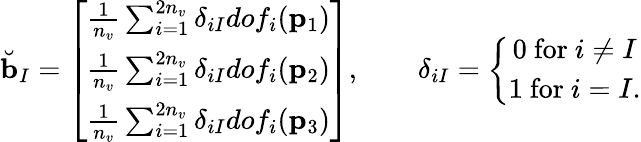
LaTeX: \breve{\mathbf{b}}_{I}=\left[\begin{array}{c}{\frac{1}{n_{v}}\sum_{i=1}^{2n_{v}}\delta_{iI}dof_{i}(\mathbf{p}_{1})}\\ {\frac{1}{n_{v}}\sum_{i=1}^{2n_{v}}\delta_{iI}dof_{i}(\mathbf{p}_{2})}\\ {\frac{1}{n_{v}}\sum_{i=1}^{2n_{v}}\delta_{iI}dof_{i}(\mathbf{p}_{3})}\end{array}\right],\quad\quad\delta_{iI}=\left\{ \begin{array}{c}{0\ \mathrm{for}\ i\neq I}\\ {1\ \mathrm{for}\ i=I.}\end{array}\right.